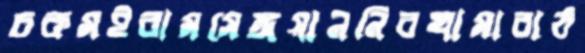
চকমইরামসেঙ্গয়াননিরখামারাঠ